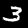
Digit: 3